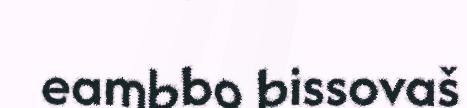
eambbo bissovaš